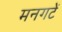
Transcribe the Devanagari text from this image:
मनगटें